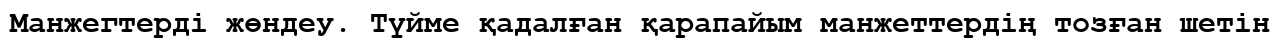
Манжегтерді жөндеу. Түйме қадалған қарапайым манжеттердің тозған шетін